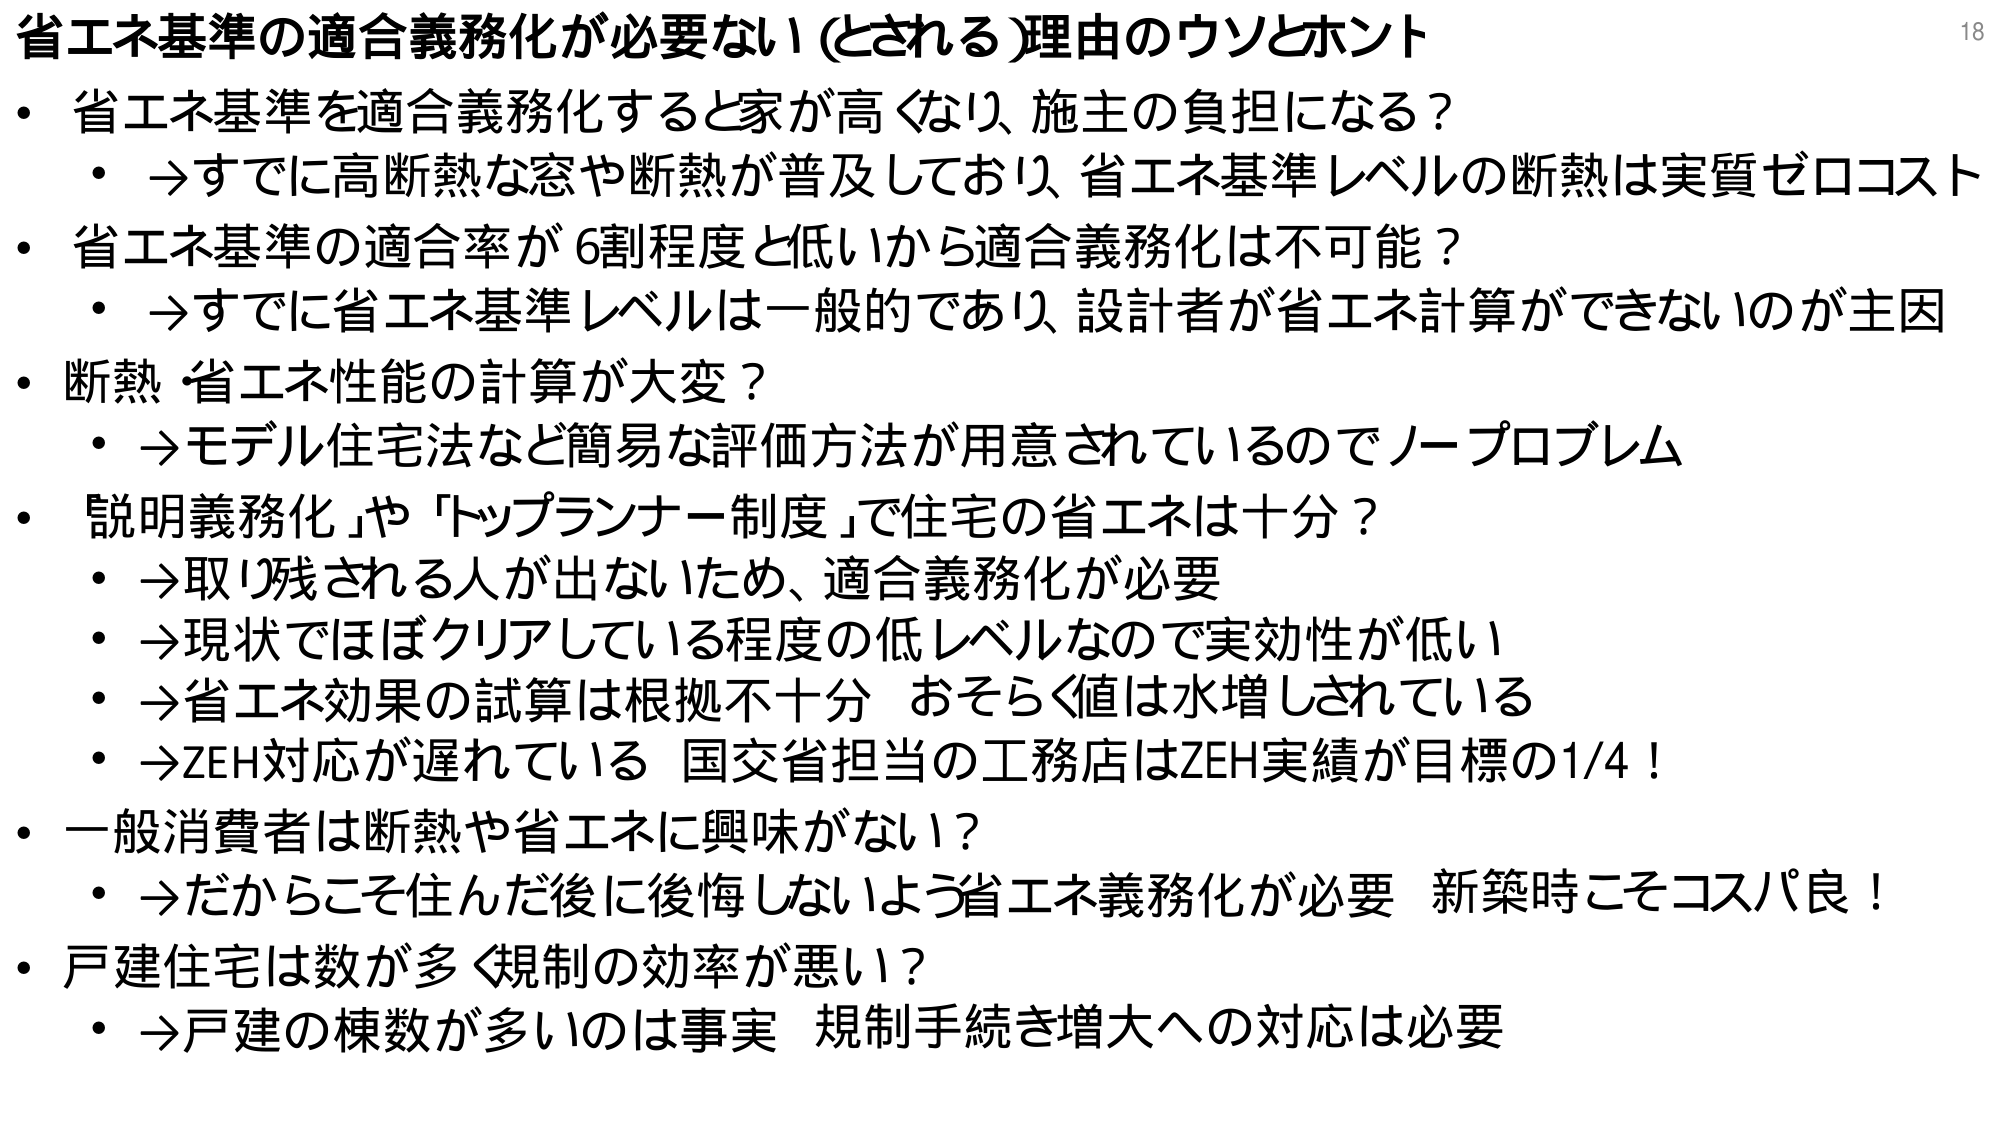
省エネ基準の適合義務化が必要ない（とされる）理由のウソとホント
・省エネ基準を適合義務化すると家が高くなり、施主の負担になる？
　→すでに高断熱な窓や断熱が普及しており、省エネ基準レベルの断熱は実質ゼロコスト
・省エネ基準の適合率が6割程度と低いから適合義務化は不可能？
　→すでに省エネ基準レベルは一般的であり、設計者が省エネ計算ができないのが主因
・断熱・省エネ性能の計算が大変？
　→モデル住宅法など簡易な評価方法が用意されているのでノープロブレム
・「説明義務化」や「トップランナー制度」で住宅の省エネは十分？
　→取り残される人が出ないため、適合義務化が必要
　→現状ではほぼクリアしている程度の低レベルなので実効性が低い
　→省エネ効果の試算は根拠不十分　おそらく値は水増しされている
　→ZEH対応が遅れている　国交省担当の工務店はZEH実績が目標の1/4！
・一般消費者は断熱や省エネに興味がない？
　→だからこそ住んだ後に後悔しないよう省エネ義務化が必要　新築時こそコスパ良！
・戸建住宅は数が多く規制の効率が悪い？
　→戸建の棟数が多いのは事実　規制手続き増大への対応は必要
18